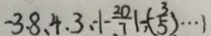
- 3 . 8 、 4 、 3 、 - \vert - \frac { 2 0 } { 7 } \vert - ( - \frac { 3 } { 5 } ) \cdots 1